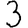
Digit: 3